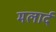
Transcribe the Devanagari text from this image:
मलार्द